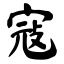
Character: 寇